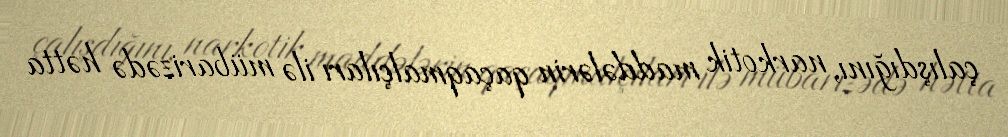
çalışdığını, narkotik maddələrin qaçaqmalçıları ilə mübarizədə hətta